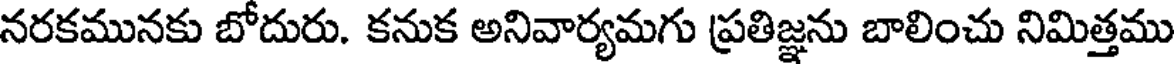
నరకమునకు బోదురు. కనుక అనివార్యమగు ప్రతిజ్ఞను బాలించు నిమిత్తము